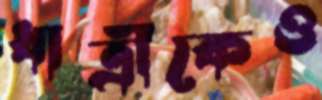
ধাত্রীকেও